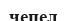
чепел